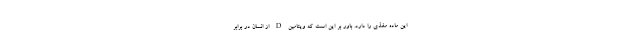
این ماده مغذی را دارد. باور بر این است که ویتامین D از انسان در برابر